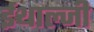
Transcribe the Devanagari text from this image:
ईथाल्जी